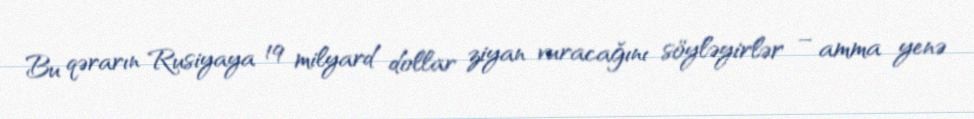
Bu qərarın Rusiyaya 19 milyard dollar ziyan vuracağını söyləyirlər – amma yenə